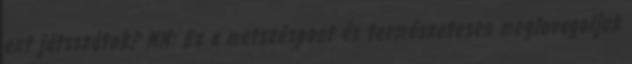
ezt játsszátok? MM: Ez a metszéspont és természetesen meglovagoljuk